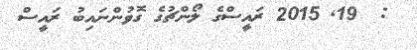
:  19